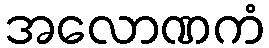
အလောဏကံ